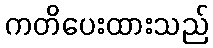
ကတိပေးထားသည်